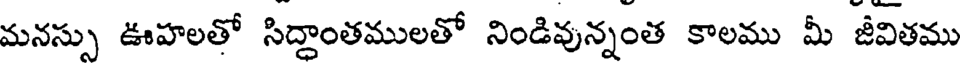
మనస్సు ఊహలతో సిద్దాంతములతో నిండివున్నంత కాలము మీ జీవితము